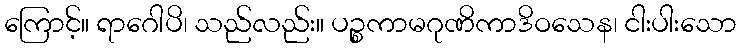
ကြောင့်။ ရာဂေါပိ၊ သည်လည်း။ ပဉ္စကာမဂုဏိကာဒိဝသေန၊ ငါးပါးသော